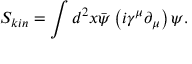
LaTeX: S _ { k i n } = \int d ^ { 2 } x \bar { \psi } \left( i \gamma ^ { \mu } \partial _ { \mu } \right) \psi .